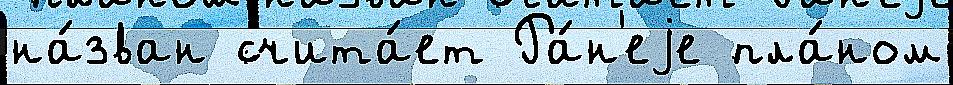
на́зван счита́ет Ра́н'еjе пла́ном